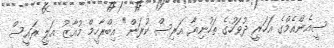
ސީއެންއެމްގެ އަހަރީ ދުވަހުގެ ތަހުނިޔާ އަރިސް ކުރަން" އިބްރާހީމް މުއާޒު އަލީ ރައީސް